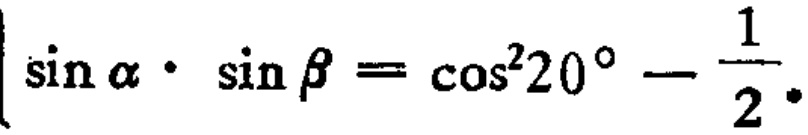
\(\sin\alpha\cdot \sin\beta=\cos^{2}20^{\circ}-\frac{1}{2}\)